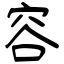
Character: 容